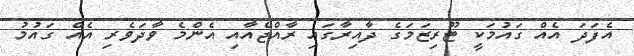
އެފަދަ އެއް ގައުމަކީ ޓޫރިޒަމަގެ ދާއިރާގައި ރާއްޖެއާއި އެންމެ ވާދަވެރި އެއް ގައުމު